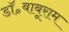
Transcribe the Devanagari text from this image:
डॉ॰बाबूराम